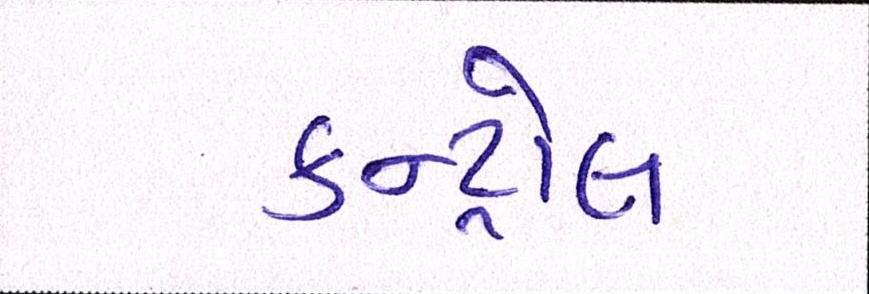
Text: કન્ટ્રોલ